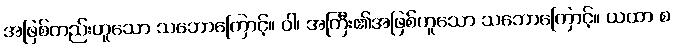
အဖြစ်တည်းဟူသော သဘောကြောင့်။ ဝါ၊ အကြီး၏အဖြစ်ဟူသော သဘောကြောင့်။ ယထာ စ